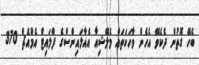
ބެހޭ ގޮތުން ދެކެވޭ އެހެން ވާހަކަތައް މެލޭޝިއާ އެއާލައިންސްގެ ފްލައިޓް އެމްއެޗް 370